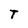
Character: T